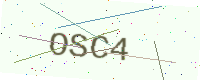
Text: OSC4